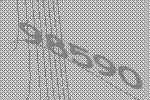
98590